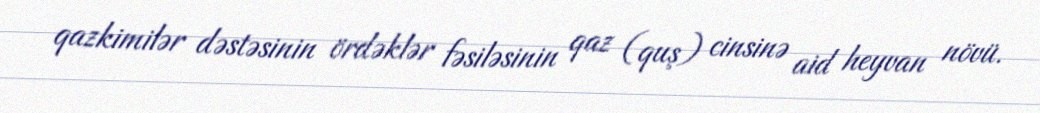
qazkimilər dəstəsinin ördəklər fəsiləsinin qaz (quş) cinsinə aid heyvan növü.